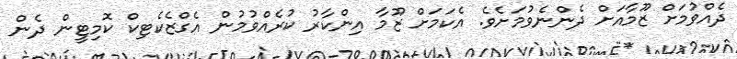
ދެއްވުމަށް ޒޫމާއަށް ދެންނެވުމަށެވެ. އެކަމަށް ޒޫމާ އިންކާރު ކުރެއްވުމުން އެގްޒެކެޓިކް ކޮމިޓީން ދެން